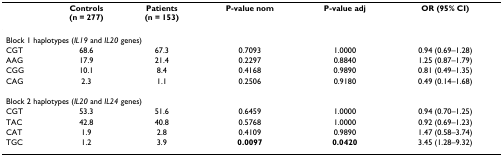
|  | Controls(n = 277) | Patients(n = 153) | P-value nom | P-value adj | OR (95% CI) |
 | --- | --- | --- | --- | --- | --- |
 | <COLSPAN=6> Block 1 haplotypes (IL19 and IL20 genes) |
 | CGT | 68.6 | 67.3 | 0.7093 | 1.0000 | 0.94 (0.69–1.28) |
 | AAG | 17.9 | 21.4 | 0.2297 | 0.8840 | 1.25 (0.87–1.79) |
 | CGG | 10.1 | 8.4 | 0.4168 | 0.9890 | 0.81 (0.49–1.35) |
 | CAG | 2.3 | 1.1 | 0.2506 | 0.9180 | 0.49 (0.14–1.68) |
 | <COLSPAN=6> Block 2 haplotypes (IL20 and IL24 genes) |
 | CGT | 53.3 | 51.6 | 0.6459 | 1.0000 | 0.94 (0.70–1.25) |
 | TAC | 42.8 | 40.8 | 0.5768 | 1.0000 | 0.92 (0.69–1.23) |
 | CAT | 1.9 | 2.8 | 0.4109 | 0.9890 | 1.47 (0.58–3.74) |
 | TGC | 1.2 | 3.9 | 0.0097 | 0.0420 | 3.45 (1.28–9.32) |